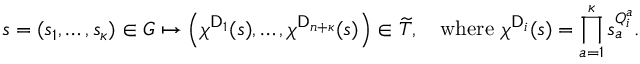
s = ( s _ { 1 } , \ldots , s _ { \boldsymbol { \kappa } } ) \in G \mapsto \left( \chi ^ { \mathsf { D } _ { 1 } } ( s ) , \ldots , \chi ^ { \mathsf { D } _ { n + { \boldsymbol { \kappa } } } } ( s ) \right) \in \widetilde { T } , \quad \mathrm { w h e r e ~ } \chi ^ { \mathsf { D } _ { i } } ( s ) = \prod _ { a = 1 } ^ { \boldsymbol { \kappa } } s _ { a } ^ { Q _ { i } ^ { a } } .